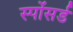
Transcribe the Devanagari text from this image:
स्पोंसर्ड